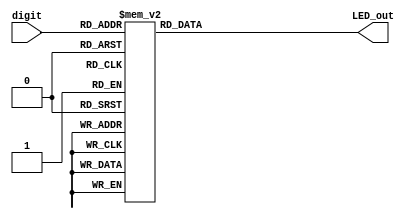
`timescale 1ns / 1ps


module BCD_to_segments (
input [3:0] digit,
output reg [6:0] LED_out

);

always@(digit)
    begin
    case(digit)
                    4'b0000 : LED_out = 7'b0000001;
                    4'b0001 : LED_out = 7'b1001111;
                    4'b0010 : LED_out <= 7'b0010010;
                    4'b0011 : LED_out <= 7'b0000110;
                    4'b0100 : LED_out <= 7'b1001100;          
                    4'b0101 : LED_out <= 7'b0100100;
                    4'b0110 : LED_out <= 7'b0100000;
                    4'b0111 : LED_out <= 7'b0001111;
                    4'b1000 : LED_out <= 7'b0000000;
                    4'b1001 : LED_out <= 7'b0000100;
                    4'b1010 : LED_out <= 7'b0001000;
                    4'b1011 : LED_out <= 7'b1100000;
                    4'b1100 : LED_out <= 7'b0110001;
                    4'b1101 : LED_out <= 7'b1000010;
                    4'b1110 : LED_out <= 7'b0110000;
                    4'b1111 : LED_out <= 7'b0111000; 
                    default : LED_out <= 7'b0000001;
             endcase  
           end

endmodule